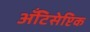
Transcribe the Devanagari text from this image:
अँटिसेप्टिक